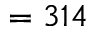
= 3 1 4